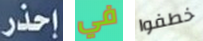
إحذر في خطفوا